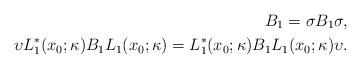
LaTeX: \begin{align*}B_{1} =\sigma B_{1}\sigma,\\\upsilon L_{1}^{\ast}(x_{0};\kappa) B_{1}L_{1} (x_{0};\kappa ) =L_{1}^{\ast}(x_{0};\kappa) B_{1}L_{1}(x_{0};\kappa) \upsilon.\end{align*}